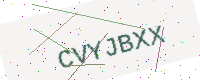
Text: CVYJBXX